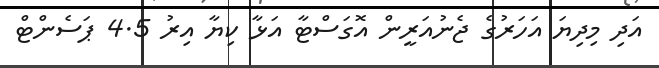
އަދި މިދިޔަ އަހަރުގެ ޖެނުއަރީން އޮގަސްޓާ އަޅާ ކިޔާ އިރު 4.5 ޕަސެންޓް